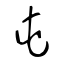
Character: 屯